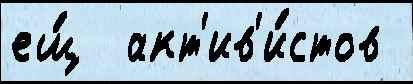
ещ́  акт'ив'и́стов